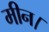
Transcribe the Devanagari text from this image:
मीन।